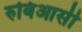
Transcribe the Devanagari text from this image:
रुबिआसी